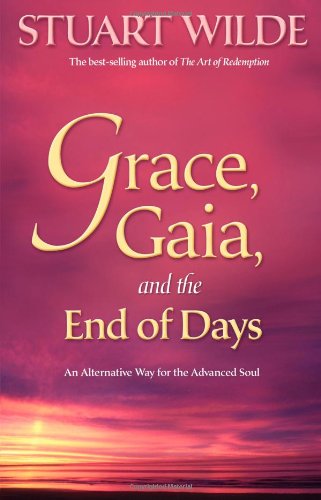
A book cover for Grace, Gaia, and the End of Days: An Alternative Way for the Advanced Soul; Stuart Wilde; Religion & Spirituality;